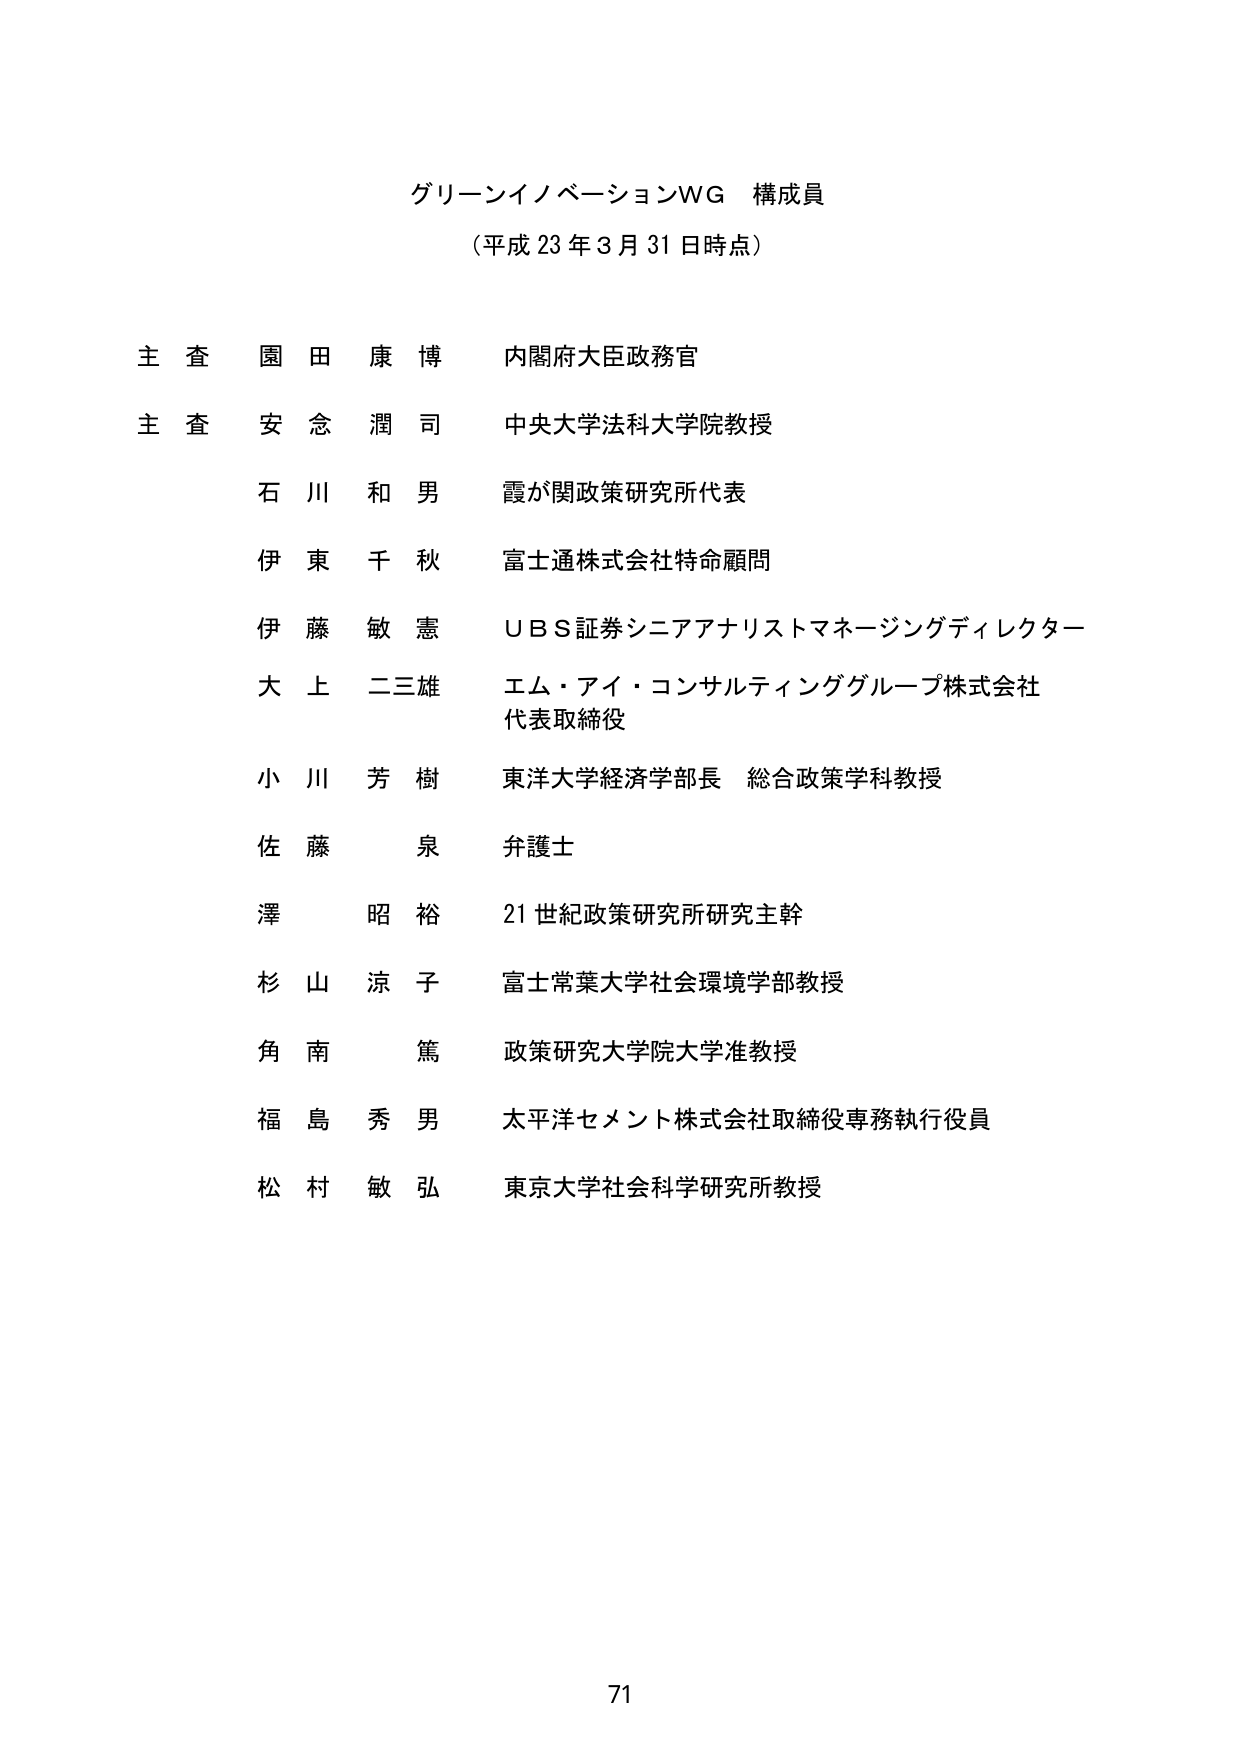
グリーンイノベーションWG 構成員
（平成23年3月31日時点）

主査 園田康博 内閣府大臣政務官
主査 安念潤司 中央大学法科大学院教授
石川和男 霞が関政策研究所代表
伊東千秋 富士通株式会社特命顧問
伊藤敏憲 ＵＢＳ証券シニアアナリストマネージングディレクター
大上二三雄 エム・アイ・コンサルティンググループ株式会社 代表取締役
小川芳樹 東洋大学経済学部長 総合政策学科教授
佐藤泉 弁護士
澤昭裕 21世紀政策研究所研究主幹
杉山涼子 富士常葉大学社会環境学部教授
角南篤 政策研究大学院大学准教授
福島秀男 太平洋セメント株式会社取締役専務執行役員
松村敏弘 東京大学社会科学研究所教授

71